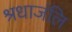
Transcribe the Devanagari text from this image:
श्रधाजंलि